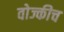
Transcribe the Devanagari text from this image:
वोज्कीच